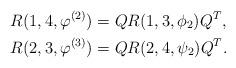
LaTeX: \begin{align*}R(1,4,\varphi^{(2)}) & = QR(1,3,\phi_2)Q^T, \\R(2,3,\varphi^{(3)}) & = QR(2,4,\psi_2)Q^T. \end{align*}